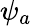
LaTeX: \psi_{a}